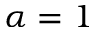
\alpha = 1